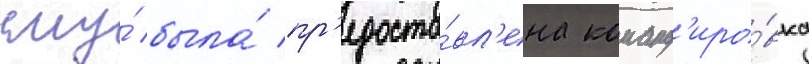
ему́ была́ пр'едоста́вл'ена команд'иро́вка